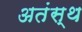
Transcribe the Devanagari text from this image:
अतंस्थ